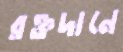
রক্তদানে